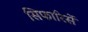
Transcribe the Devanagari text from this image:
सिफारिसें